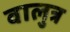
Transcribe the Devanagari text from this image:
वालुत्र